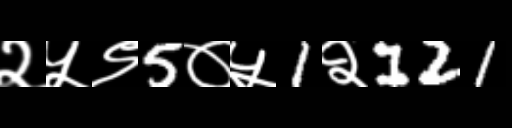
Text: २५९5०५1२121